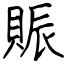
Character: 賑